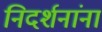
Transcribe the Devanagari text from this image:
निदर्शनांना